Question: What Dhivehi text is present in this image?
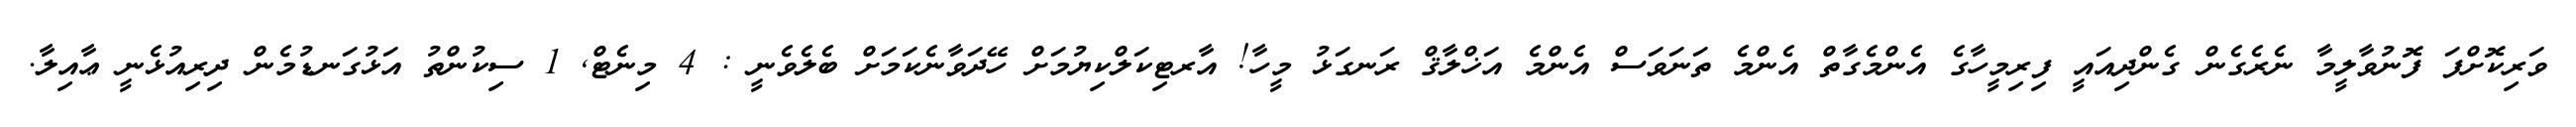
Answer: ވަރިކޮށްފަ ފޮނުވާލީމާ ނެރެގެން ގެންދިއައީ ފިރިމީހާގެ އެންމެގާތް އެންމެ ތަނަވަސް އެންމެ އަޚްލާޤް ރަނގަޅު މީހާ! އާރޓިކަލްކިޔުމަށް ހޭދަވާނެކަމަށް ބެލެވެނީ : 4 މިނެޓް, 1 ސިކުންތު އަޅުގަނޑުމެން ދިރިއުޅެނީ ޢާއިލާ.